Vaccination in Bombay 1902-1912 - 1902-1912
Year: 1902
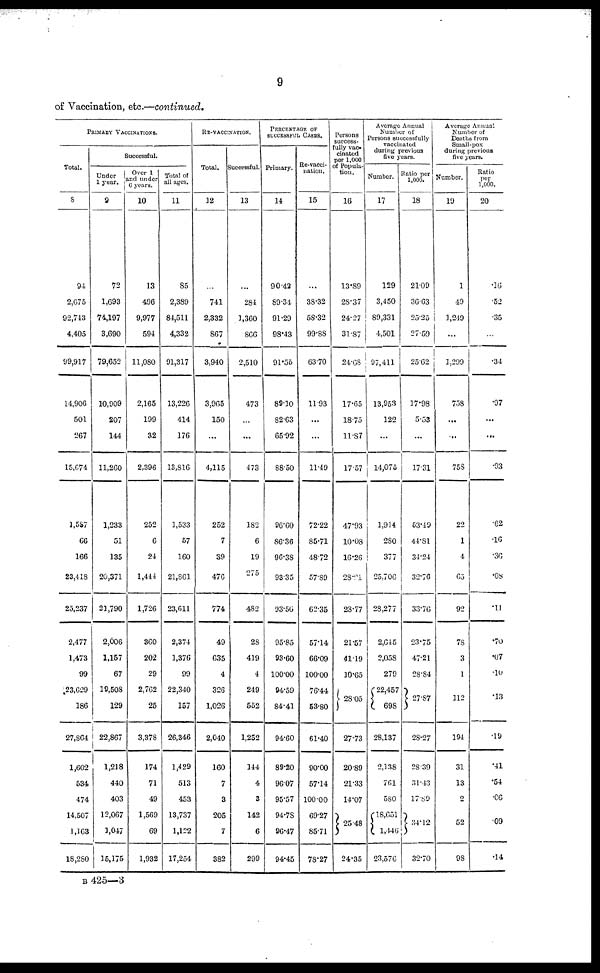
9
of Vaccination, etc.—continued.
PRIMARY VACCINATIONS.
Total.
8
94
2,675
92,743
4,405
99,917
14,906
501
267
15,674
1,587
66
166
23,418
25,237
2,477
1,473
99
23,629
186
27,864
1,602
534
474
14,507
1,163
18,280
Successful.
Under
1
year.
9
72
1,693
74,197
3,690
79,652
10,909
207
144
11,260
1,233
51
135
20,371
21,790
2,006
1,157
67
19,508
129
22,867
1,218
440
403
12,067
1,047
15,175
Over 1
and under
6 years.
10
13
496
9,977
594
11,080
2,165
199
32
2,396
252
6
24
1,444
1,726
360
202
29
2,762
25
3,378
174
71
49
1,569
69
1,932
Total of
all ages.
11
85
2,389
84,511
4,332
91,317
13,226
414
176
13,816
1,533
57
160
21,861
23,611
2,374
1,376
99
22,340
157
26,346
1,429
513
453
13,737
1,122
17,254
RE-VACCINATION.
Total.
12
...
741
2,332
867
3,940
3,965
150
...
4,115
252
7
39
476
774
49
635
4
326
1,026
2,040
160
7
3
205
7
382
Successful.
13
...
284
1,360
866
2,510
473
...
...
473
182
6
19
275
482
28
419
4
249
552
1,252
144
4
3
142
6
299
PERCENTAGE OF
SUCCESSFUL CASES.
Primary.
14
90.42
89.34
91.29
98.43
91.55
89.10
82.63
65.92
88.50
96.60
86.36
96.38
93.35
93.56
95.85
93.60
100.00
94.59
84.41
94.60
89.20
96.07
95.57
94.78
96.47
94.45
Re-vacci-
nation.
15
...
38.32
58.32
99.88
63.70
11.93
...
...
11.49
72.22
85.71
48.72
57.89
62.35
57.14
66.09
100.00
76.44
53.80
61.40
90.00
57.14
100.00
69.27
85.71
78.27
Persons
success-
fully vac-
cinated
per 1,000
of Popula-
tion.
16
13.89
28.37
24.27
31.87
24.68
17.65
18.75
11.87
17.57
47.93
10.08
16.26
28.21
23.77
21.57
41.19
10.65
28.05
27.73
20.89
21.33
14.07
25.48
24.35
Average Annual
Number of
Persons successfully
vaccinated
during previous
five years.
Number.
17
129
3,450
89,331
4,501
97,411
13,953
122
...
14,075
1,914
280
377
25,706
28,277
2,645
2,058
279
22,457
698
28,137
2,138
761
580
18,651
1,446
23,576
Ratio per
1,000.
18
21.09
36.63
25.25
27.59
25.62
17.98
5.53
...
17.31
53.49
44.81
34.24
32.76
33.76
23.75
47.21
28.84
27.87
28.27
28.39
31.43
17.89
34.12
32.70
Average Annual
Number of
Deaths from
Small-pox
during previous
five years.
Number.
19
1
49
1,249
...
1,299
758
...
...
758
22
1
4
65
92
78
3
1
112
194
31
13
2
52
98
Ratio
per
1,000.
20
.16
.52
.35
...
.34
.97
...
...
.93
.62
.16
.36
.08
.11
.70
.07
.10
.13
.19
.41
.54
.06
.09
.14
B 425—3